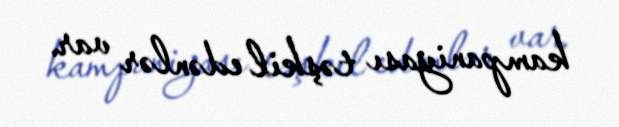
kampaniyası təşkil edənlər var.